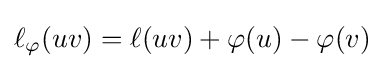
\ell _{\varphi }(uv)=\ell (uv)+\varphi (u)-\varphi (v)